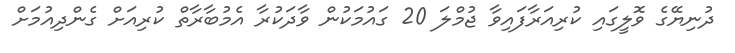
ދުނިޔޭގެ ވޮލީގައި ކުރިއަރާފައިވާ ޖުމްލަ 20 ގައުމަކުން ވާދަކުރާ އެމުބާރާތް ކުރިއަށް ގެންދިއުމަށް